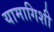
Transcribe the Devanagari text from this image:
यामागिशी